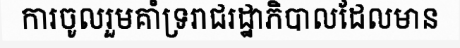
ការចូលរួមគាំទ្ររាជរដ្ឋាភិបាលដែលមាន